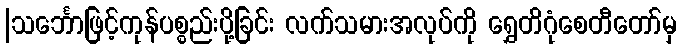
|သင်္ဘောဖြင့်ကုန်ပစ္စည်းပို့ခြင်း လက်သမားအလုပ်ကို ရွှေတိဂုံစေတီတော်မှ